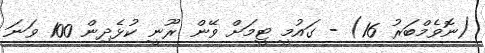
(ނޮވެމްބަރު 16) - ގައުމީ ޓީމަށް ވޭން ރޫނީ ކުޅެދިން 100 ވަނަ